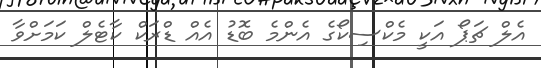
އެލް ޗަޕޯ އަކީ މެކްސިކޯގެ އެންމެ ބޮޑު އެއް ޑްރަކް ކާޓެލް ކަމަށްވާ